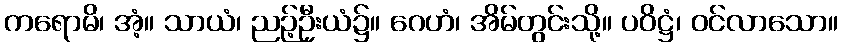
ကရောမိ၊ အံ့။ သာယံ၊ ညဉ့်ဦးယံ၌။ ဂေဟံ၊ အိမ်တွင်းသို့။ ပဝိဋ္ဌံ၊ ဝင်လာသော။